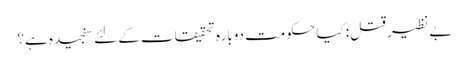
بے نظیر قتل: کیا حکومت دوبارہ تحقیقات کے لئے سنجیدہ ہے؟